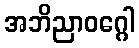
အဘိညာဝဂ္ဂေါ